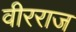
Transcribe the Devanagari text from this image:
वीरराज